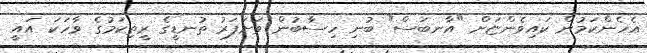
އެހެންކަމުން ކައިވެންޏަށް "އާނބަސް" ބުނި ހިސާބުން ވަށަފަރު ތުނޑީގެ ރީތިކަމުގެ ވާހަކަ އައީ